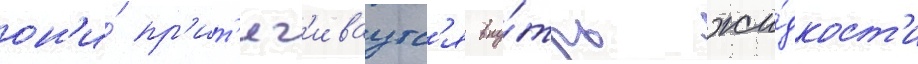
он'и́ пр'ит'яг'иваутс'я вну́трь жи́дкост'и